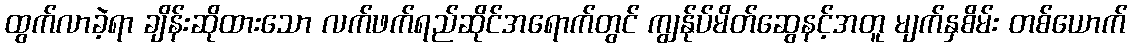
ထွက်လာခဲ့ရာ ချိန်းဆိုထားသော လက်ဖက်ရည်ဆိုင်အရောက်တွင် ကျွန်ုပ်မိတ်ဆွေနင့်အတူ မျက်နှစိမ်း တစ်ယောက်